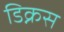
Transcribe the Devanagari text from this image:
डिक्नस